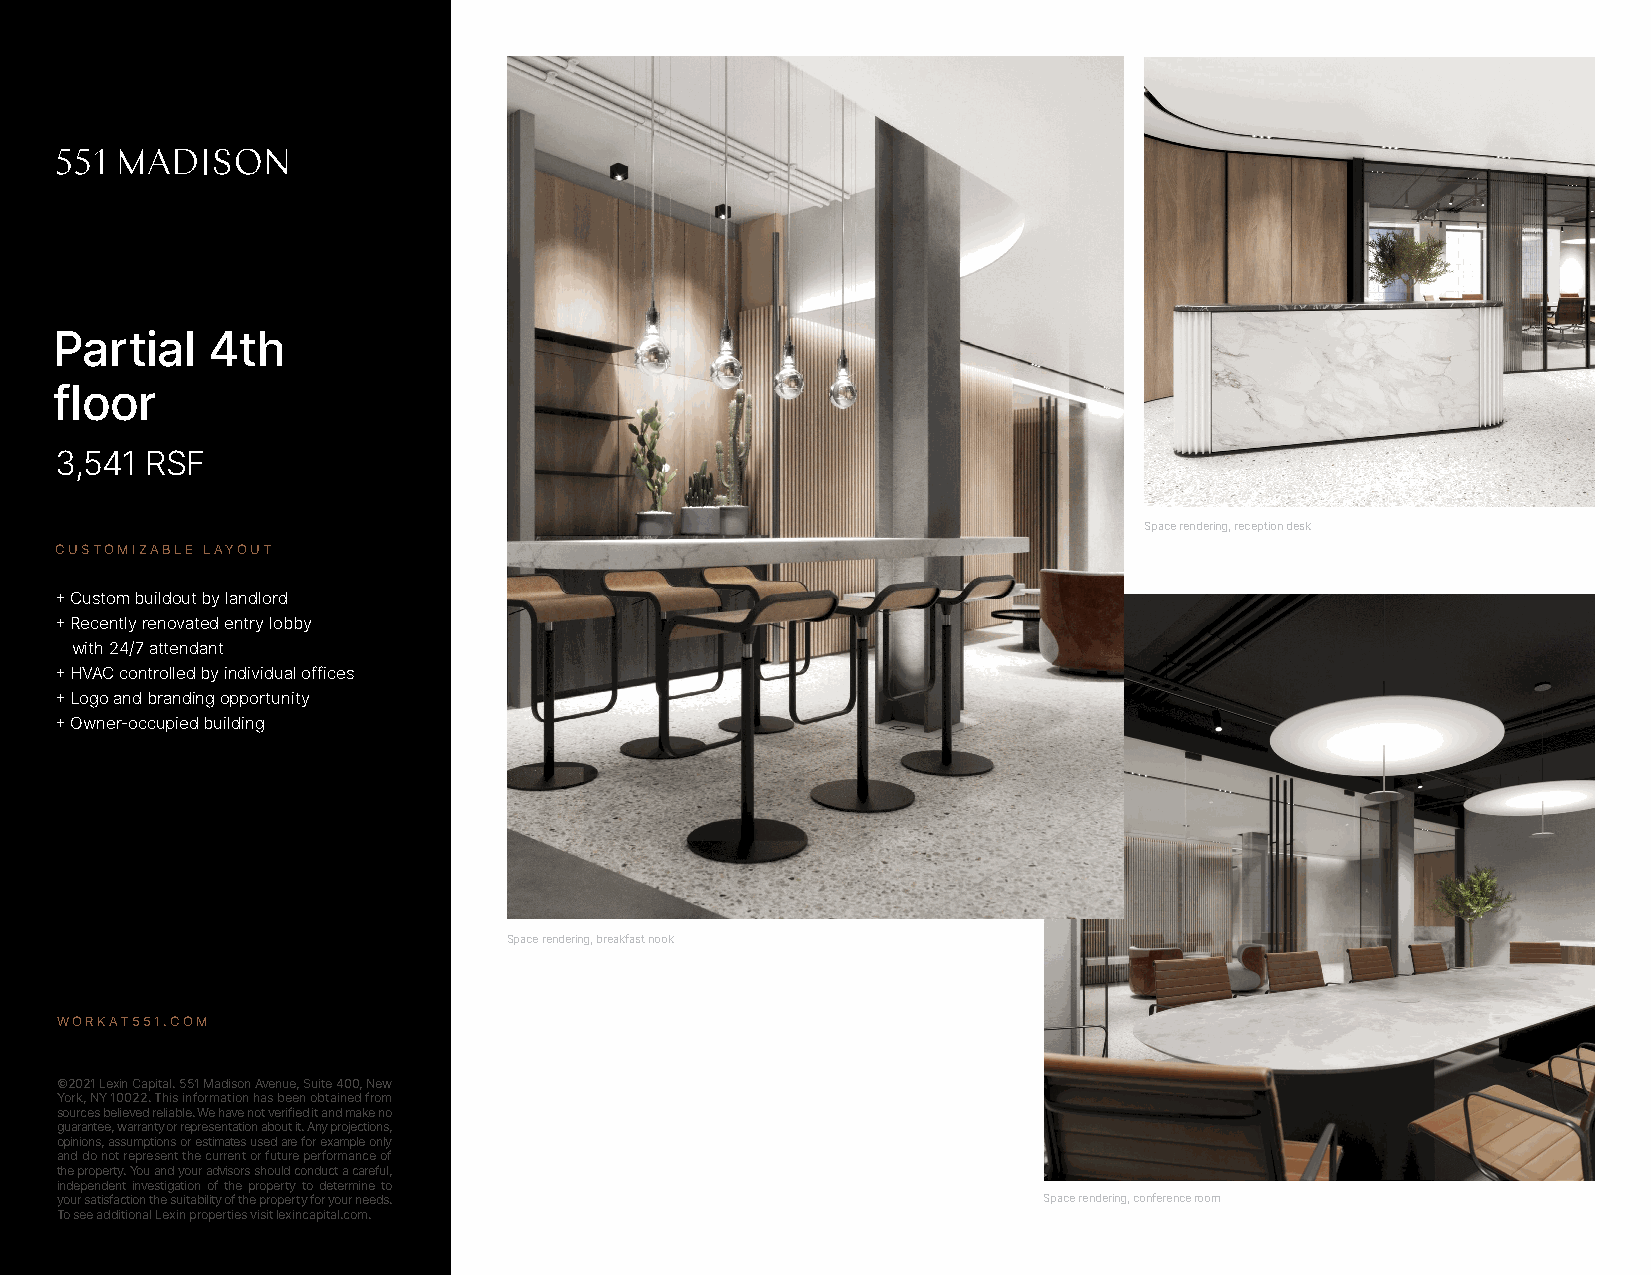
Partial    4th
 floor
 3,541 RSF
 Space rendering, reception desk
 CUSTOMIZABLE LAYOUT
 + Custom buildout by landlord
 + Recently renovated entry lobby
 with 24/7 attendant
 + HVAC controlled by individual offices
 + Logo and branding opportunity
 + Owner-occupied building
 Space rendering, breakfast nook
 WORKAT551.COM
 ©2021 Lexin Capital. 551 Madison Avenue, Suite 400, New
 York, NY 10022. This information has been obtained from
 sources believed reliable. We have not verified it and make no
 guarantee, warranty or representation about it. Any projections,
 opinions, assumptions or estimates used are for example only
 and do not represent the current or future performance of
 the property. You and your advisors should conduct a careful,
 independent investigation of the property to determine to
 your satisfaction the suitability of the property for your needs. Space rendering, conference room
 To see additional Lexin properties visit lexincapital.com.